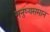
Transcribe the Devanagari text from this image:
मनुष्यसमान